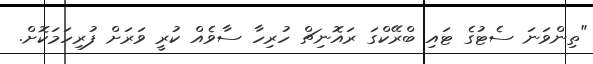
"ތިންވަނަ ސެޓުގެ ޓައި ބްރޭކްގަ ރައޮނިޗް ހުރިހާ ސާވެއް ކުރީ ވަރަށް ފުރިހަމަކޮށް.